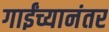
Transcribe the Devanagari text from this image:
गाईंच्यानंतर